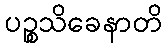
ပဉ္စသိခေနာတိ